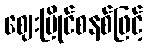
ဈေးပြိုင်စနစ်ဖြင့်